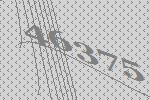
46375